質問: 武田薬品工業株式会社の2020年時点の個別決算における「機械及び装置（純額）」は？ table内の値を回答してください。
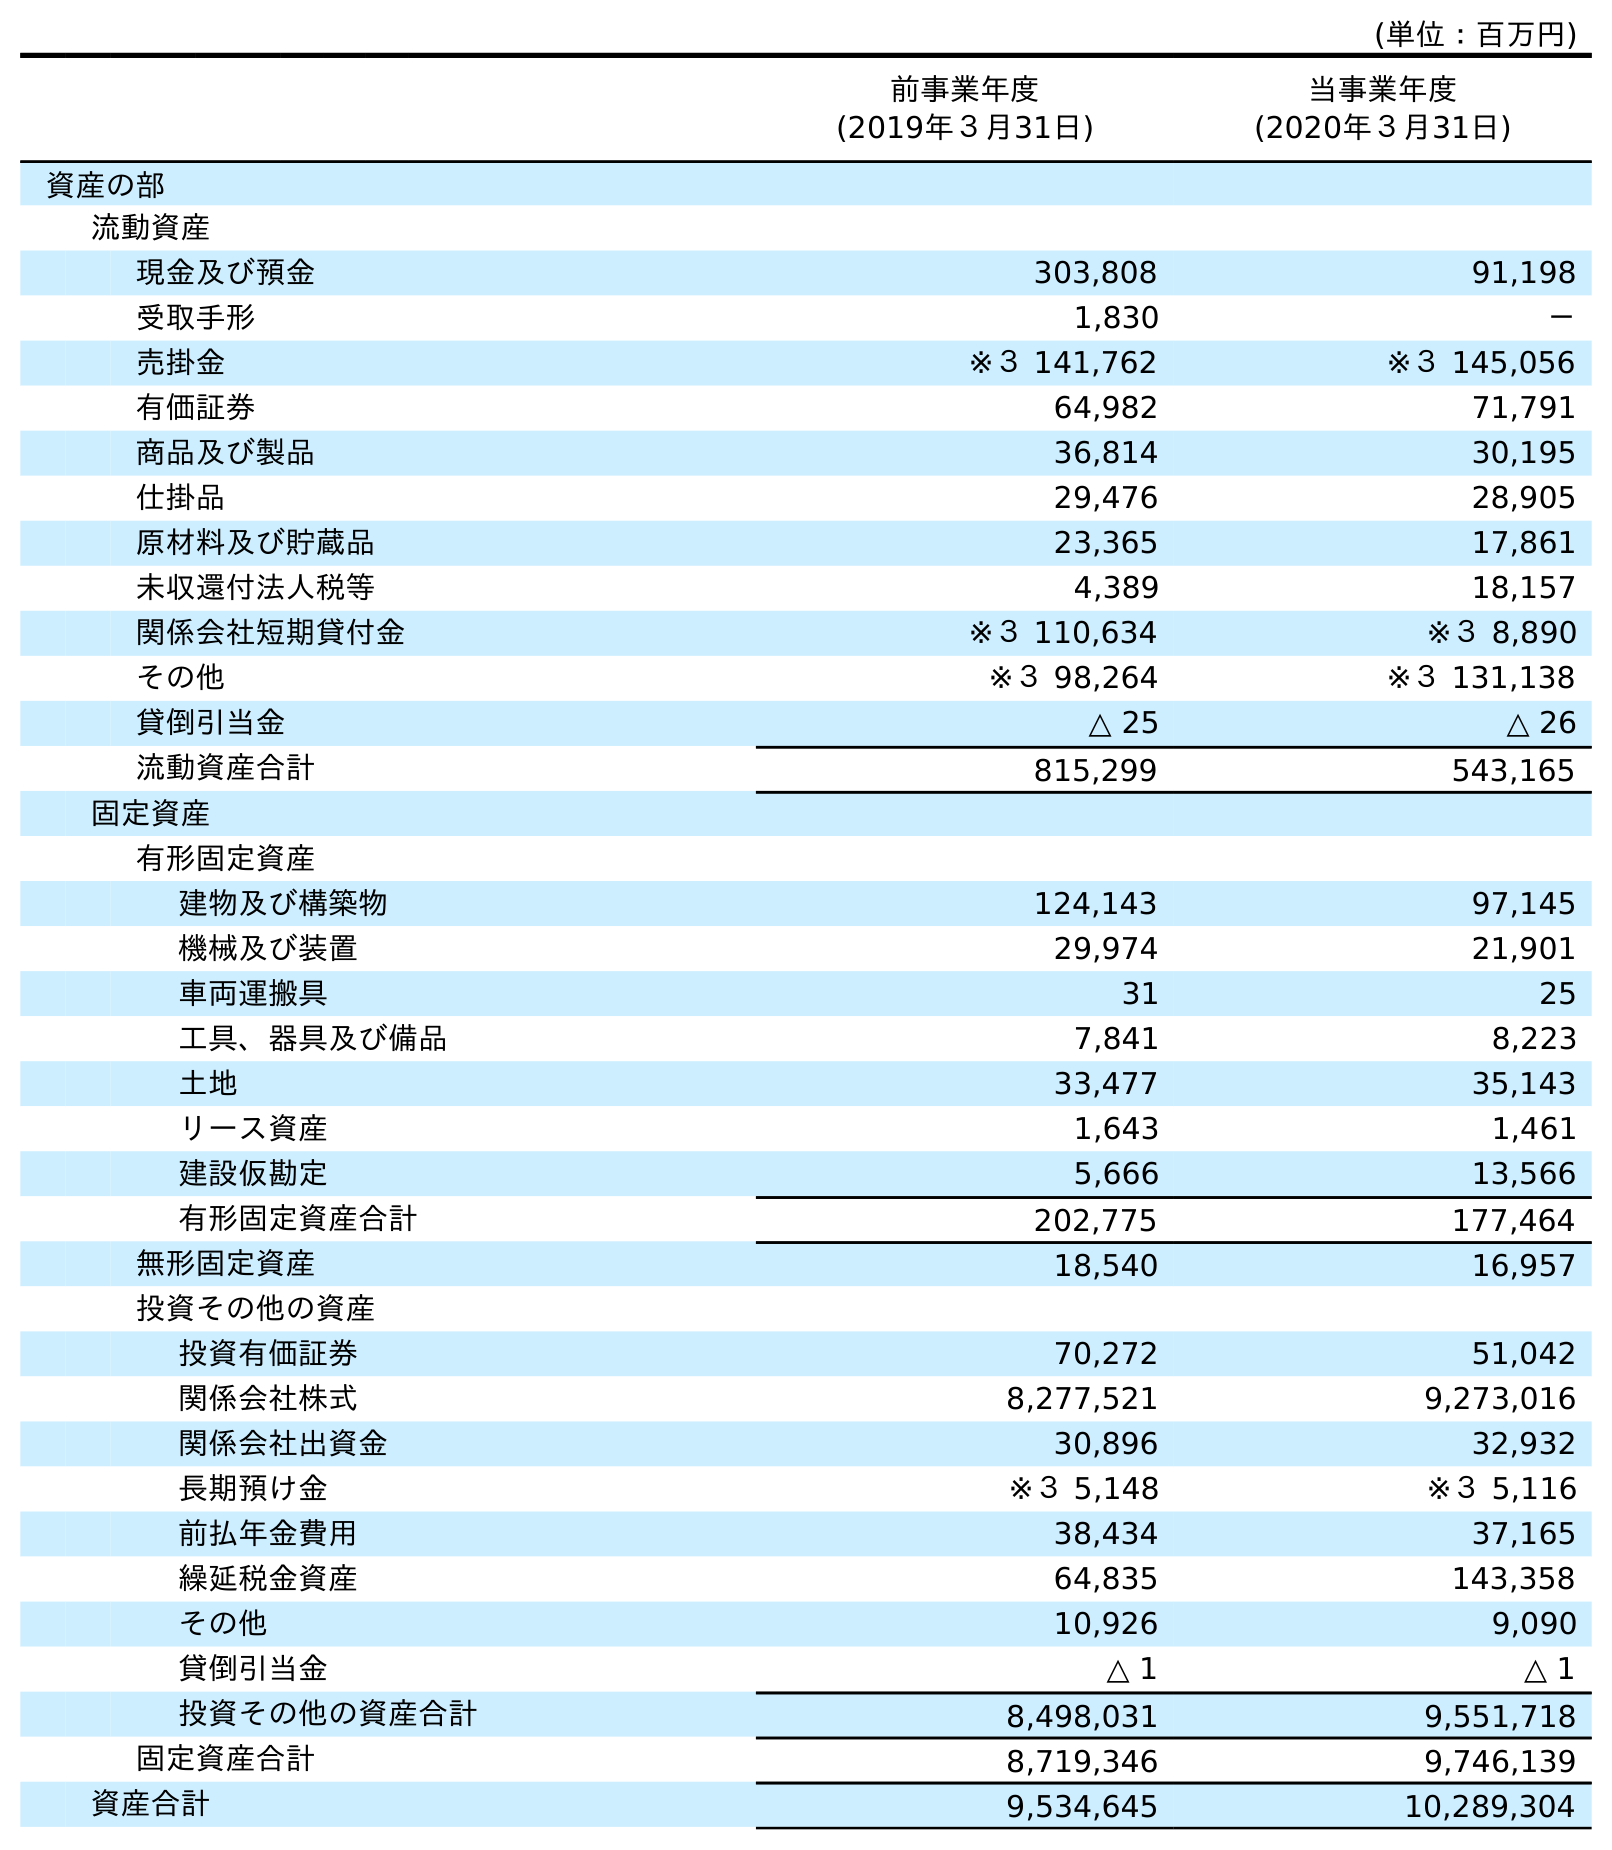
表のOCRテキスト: (単位：百万円) 前事業年度 (2019年３月31日) 当事業年度 (2020年３月31日) 資産の部 流動資産 現金及び預金 303,808 91,198 受取手形 1,830 － 売掛金 ※３ 141,762 ※３ 145,056 有価証券 64,982 71,791 商品及び製品 36,814 30,195 仕掛品 29,476 28,905 原材料及び貯蔵品 23,365 17,861 未収還付法人税等 4,389 18,157 関係会社短期貸付金 ※３ 110,634 ※３ 8,890 その他 ※３ 98,264 ※３ 131,138 貸倒引当金 △ 25 △ 26 流動資産合計 815,299 543,165 固定資産 有形固定資産 建物及び構築物 124,143 97,145 機械及び装置 29,974 21,901 車両運搬具 31 25 工具、器具及び備品 7,841 8,223 土地 33,477 35,143 リース資産 1,643 1,461 建設仮勘定 5,666 13,566 有形固定資産合計 202,775 177,464 無形固定資産 18,540 16,957 投資その他の資産 投資有価証券 70,272 51,042 関係会社株式 8,277,521 9,273,016 関係会社出資金 30,896 32,932 長期預け金 ※３ 5,148 ※３ 5,116 前払年金費用 38,434 37,165 繰延税金資産 64,835 143,358 その他 10,926 9,090 貸倒引当金 △ 1 △ 1 投資その他の資産合計 8,498,031 9,551,718 固定資産合計 8,719,346 9,746,139 資産合計 9,534,645 10,289,304
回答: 21,901